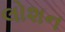
લોશન